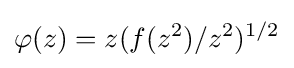
\varphi (z)=z(f(z^{2})/z^{2})^{1/2}